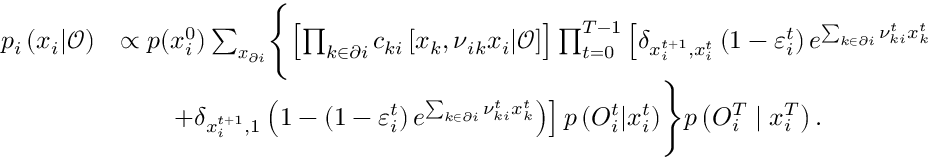
\begin{array} { r l } { p _ { i } \left( \boldsymbol { x } _ { i } | \boldsymbol { \mathcal { O } } \right) } & { \propto p ( x _ { i } ^ { 0 } ) \sum _ { \boldsymbol { x } _ { \partial i } } \Biggl \{ \left[ \prod _ { k \in \partial i } c _ { k i } \left[ \boldsymbol { x } _ { k } , \boldsymbol { \nu } _ { i k } \boldsymbol { x } _ { i } | \boldsymbol { \mathcal { O } } \right] \right] \prod _ { t = 0 } ^ { T - 1 } \left[ \delta _ { x _ { i } ^ { t + 1 } , x _ { i } ^ { t } } \left( 1 - \varepsilon _ { i } ^ { t } \right) e ^ { \sum _ { k \in \partial i } \nu _ { k i } ^ { t } x _ { k } ^ { t } } \right. } \\ & { \qquad \left. + \delta _ { x _ { i } ^ { t + 1 } , 1 } \left( 1 - \left( 1 - \varepsilon _ { i } ^ { t } \right) e ^ { \sum _ { k \in \partial i } \nu _ { k i } ^ { t } x _ { k } ^ { t } } \right) \right] p \left( { O } _ { i } ^ { t } | x _ { i } ^ { t } \right) \Biggr \} p \left( { O } _ { i } ^ { T } \mid x _ { i } ^ { T } \right) . } \end{array}